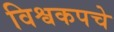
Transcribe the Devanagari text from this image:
विश्वकपचे